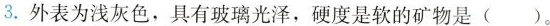
3.外表为浅灰色，具有玻璃光泽，硬度是软的矿物是( )。